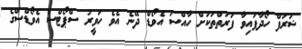
ޝަރަފް ހޯދާފައިވާ ފަރަތްތަކަށް ހާއްސަ އެވޯޑް ދޭނެ އެވެ ހަވީރު ސްޕޯޓްސް އެވޯޑްސްގެ